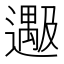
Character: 𬩔